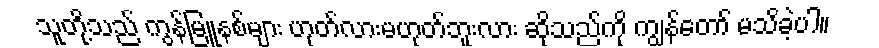
သူတို့သည် ကွန်မြူနစ်များ ဟုတ်လားမဟုတ်ဘူးလား ဆိုသည်ကို ကျွန်တော် မသိခဲ့ပါ။